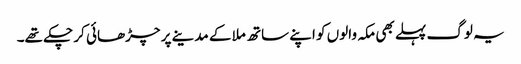
یہ لوگ پہلے بھی مکہ والوں کو اپنے ساتھ ملا کے مدینے پر چڑھائی کر چکے تھے۔